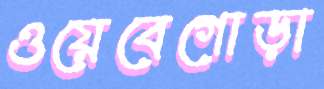
ওয়েবেগোড়া